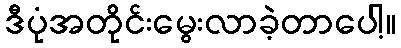
ဒီပုံအတိုင်းမွေးလာခဲ့တာပေါ့။